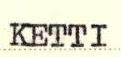
KETTI